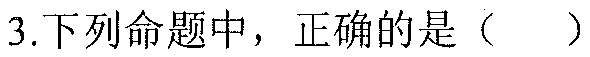
3.下列命题中，正确的是（  ）